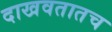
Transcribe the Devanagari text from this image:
दाखवतातच